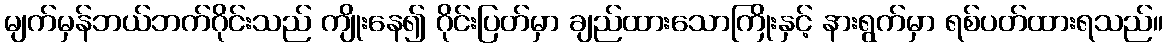
မျက်မှန်ဘယ်ဘက်ဂိုင်းသည် ကျိုးနေ၍ ဂိုင်းပြတ်မှာ ချည်ထားသောကြိုးနှင့် နားရွက်မှာ ရစ်ပတ်ထားရသည်။